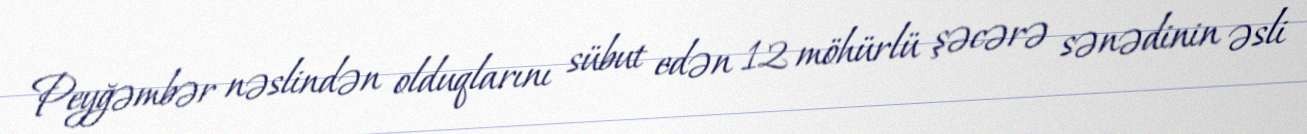
Peyğəmbər nəslindən olduqlarını sübut edən 12 möhürlü şəcərə sənədinin əsli